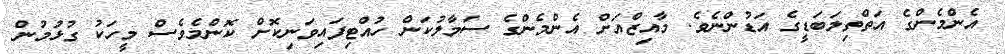
އެންމެންގެ އަތްތިލަބަޑީގެ އަޑުންނެވެ. މާއިޒްއަށް އެންމެންގެ ސަމާލުކަން ހުއްޓިފައިވަނިކޮށް ކޮންމެވެސް މީހަކު ގުޅުމުން